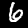
Label: 6